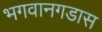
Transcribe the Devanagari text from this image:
भगवानगडास